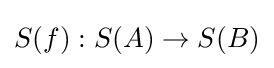
S(f):S(A)\to S(B)